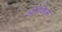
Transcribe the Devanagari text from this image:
ओंकिस